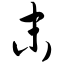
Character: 末